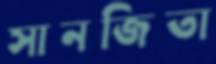
সানজিতা